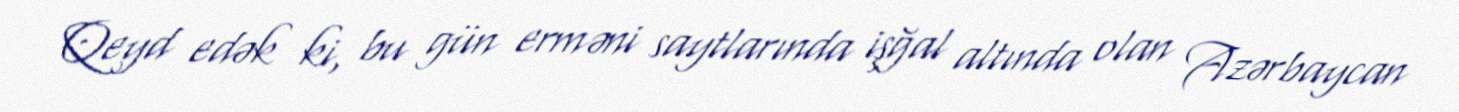
Qeyd edək ki, bu gün erməni saytlarında işğal altında olan Azərbaycan